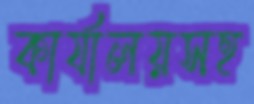
কার্যালয়সহ